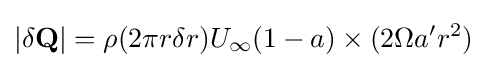
|\mathbf {\delta {Q}} |=\rho (2\pi r\delta r)U_{\infty }(1-a)\times (2\Omega a'r^{2})